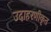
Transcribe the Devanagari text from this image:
उदाहरणीकृत